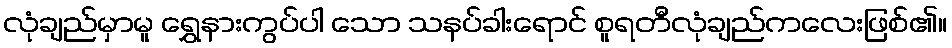
လုံချည်မှာမူ ရွှေနားကွပ်ပါ သော သနပ်ခါးရောင် စူရတီလုံချည်ကလေးဖြစ်၏။